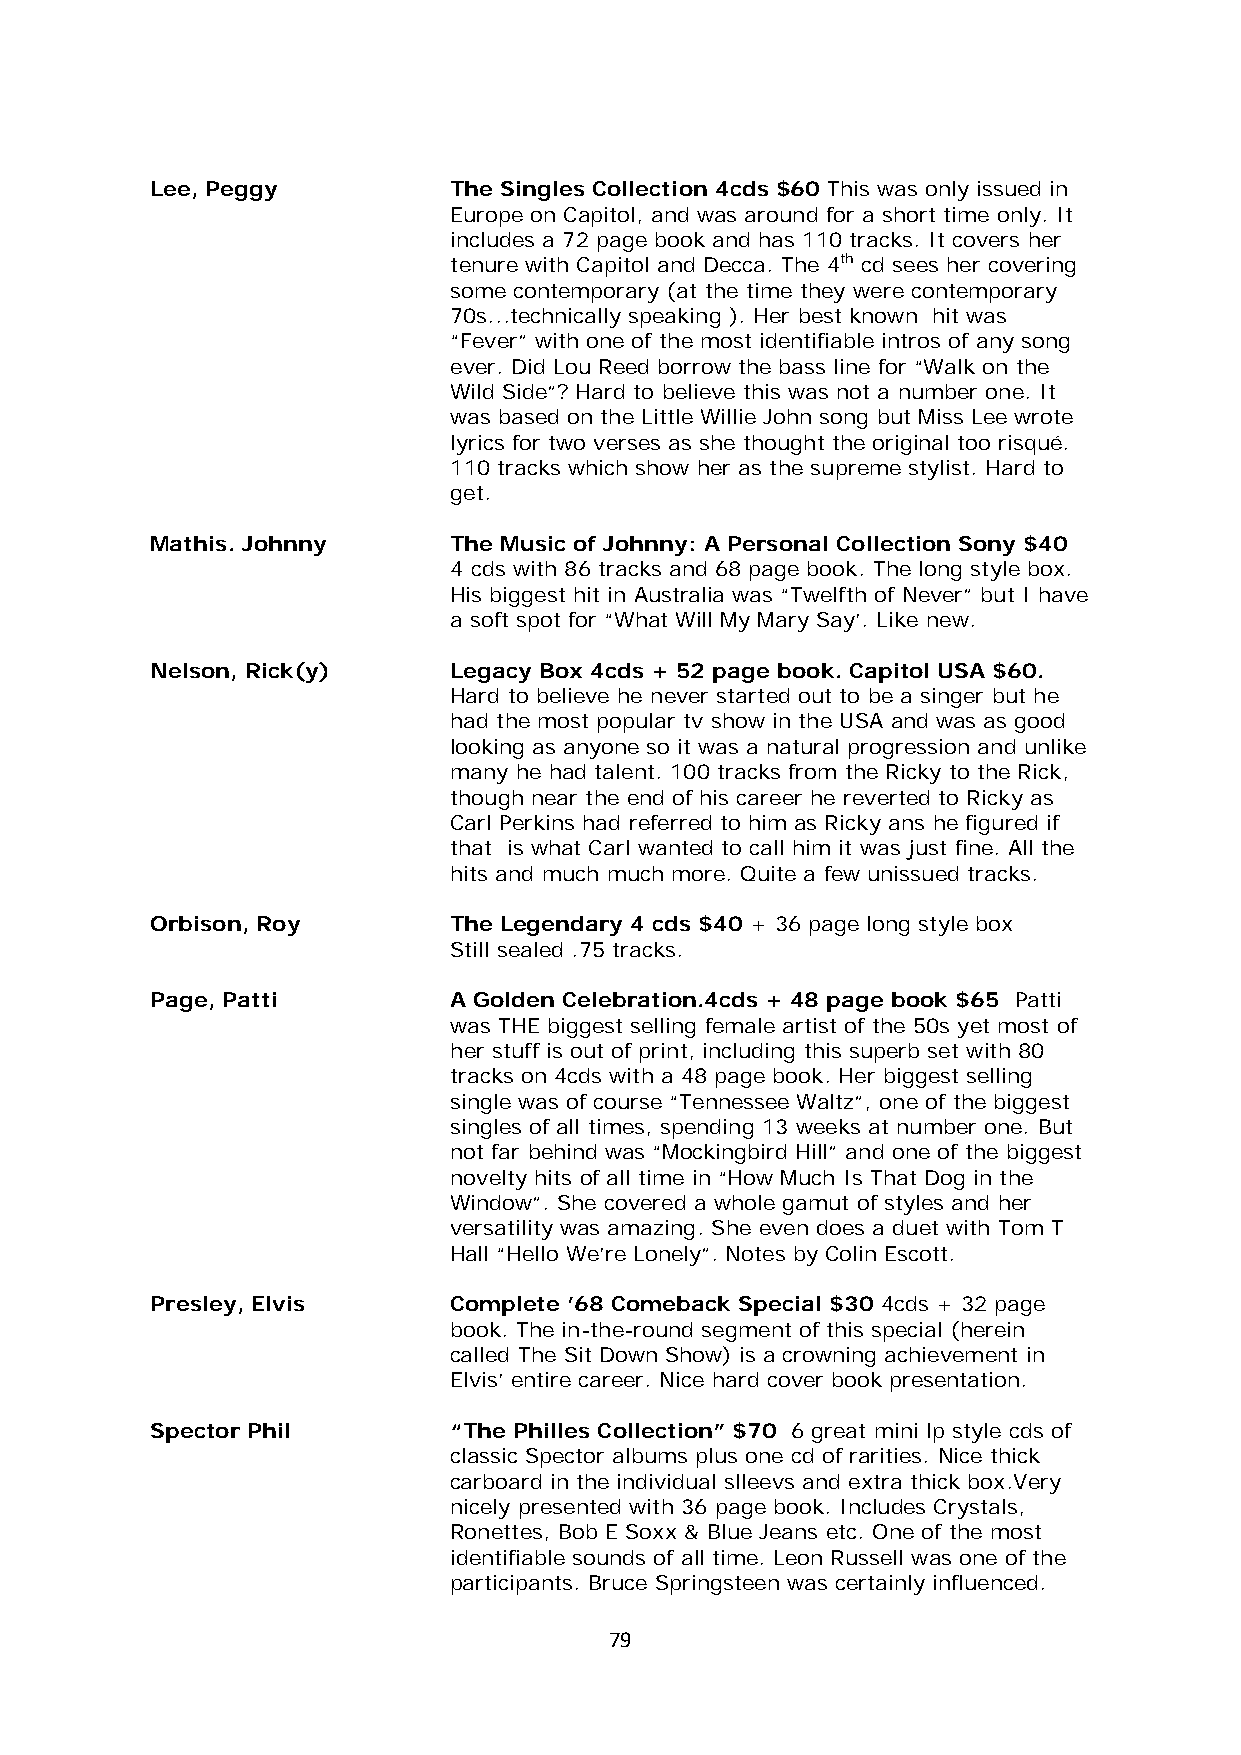
Lee, Peggy          The Singles Collection 4cds $60 This was only issued in
 Europe on Capitol, and was around for a short time only. It
 includes a 72 page book and has 110 tracks. It covers her
 tenure with Capitol and Decca. The 4th cd sees her covering
 some contemporary (at the time they were contemporary
 70s...technically speaking ). Her best known hit was
 “Fever” with one of the most identifiable intros of any song
 ever. Did Lou Reed borrow the bass line for “Walk on the
 Wild Side”? Hard to believe this was not a number one. It
 was based on the Little Willie John song but Miss Lee wrote
 lyrics for two verses as she thought the original too risqué.
 110 tracks which show her as the supreme stylist. Hard to
 get.
 Mathis. Johnny      The Music of Johnny: A Personal Collection Sony $40
 4 cds with 86 tracks and 68 page book. The long style box.
 His biggest hit in Australia was “Twelfth of Never” but I have
 a soft spot for “What Will My Mary Say’. Like new.
 Nelson, Rick(y)     Legacy Box 4cds + 52 page book. Capitol USA $60.
 Hard to believe he never started out to be a singer but he
 had the most popular tv show in the USA and was as good
 looking as anyone so it was a natural progression and unlike
 many he had talent. 100 tracks from the Ricky to the Rick,
 though near the end of his career he reverted to Ricky as
 Carl Perkins had referred to him as Ricky ans he figured if
 that is what Carl wanted to call him it was just fine. All the
 hits and much much more. Quite a few unissued tracks.
 Orbison, Roy        The Legendary 4 cds $40 + 36 page long style box
 Still sealed .75 tracks.
 Page, Patti         A Golden Celebration.4cds + 48 page book $65 Patti
 was THE biggest selling female artist of the 50s yet most of
 her stuff is out of print, including this superb set with 80
 tracks on 4cds with a 48 page book. Her biggest selling
 single was of course “Tennessee Waltz”, one of the biggest
 singles of all times, spending 13 weeks at number one. But
 not far behind was “Mockingbird Hill” and one of the biggest
 novelty hits of all time in “How Much Is That Dog in the
 Window”. She covered a whole gamut of styles and her
 versatility was amazing. She even does a duet with Tom T
 Hall “Hello We’re Lonely”. Notes by Colin Escott.
 Presley, Elvis      Complete ’68 Comeback Special $30 4cds + 32 page
 book. The in-the-round segment of this special (herein
 called The Sit Down Show) is a crowning achievement in
 Elvis’ entire career. Nice hard cover book presentation.
 Spector Phil        “The Philles Collection” $70 6 great mini lp style cds of
 classic Spector albums plus one cd of rarities. Nice thick
 carboard in the individual slleevs and extra thick box.Very
 nicely presented with 36 page book. Includes Crystals,
 Ronettes, Bob E Soxx & Blue Jeans etc. One of the most
 identifiable sounds of all time. Leon Russell was one of the
 participants. Bruce Springsteen was certainly influenced.
 79